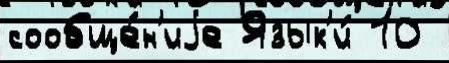
сообще́н'иjе Язык'и́ 10